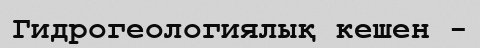
Гидрогеологиялық кешен -